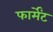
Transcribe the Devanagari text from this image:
फार्मेंट